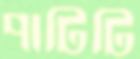
পাটিটি